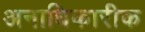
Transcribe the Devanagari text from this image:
अनाधिकारीक